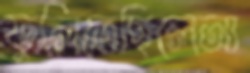
ফুলিতেছিলেআ